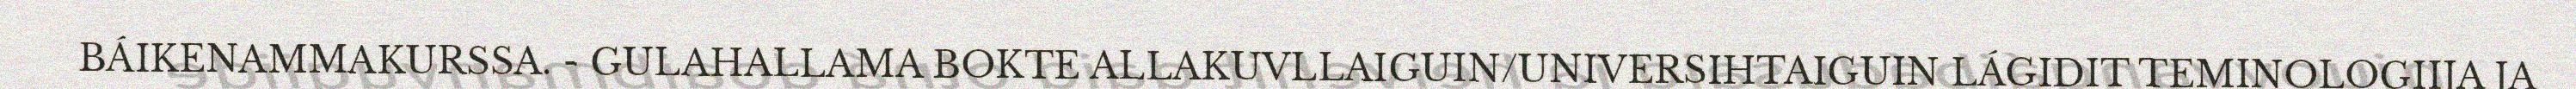
BÁIKENAMMAKURSSA. - GULAHALLAMA BOKTE ALLAKUVLLAIGUIN/UNIVERSIHTAIGUIN LÁGIDIT TEMINOLOGIIJA JA